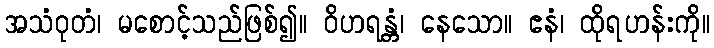
အသံဝုတံ၊ မစောင့်သည်ဖြစ်၍။ ဝိဟရန္တံ၊ နေသော။ ဧနံ၊ ထိုရဟန်းကို။